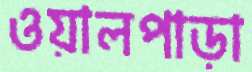
ওয়ালপাড়া